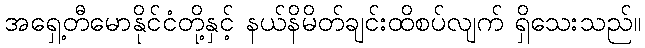
အရှေ့တီမောနိုင်ငံတို့နှင့် နယ်နိမိတ်ချင်းထိစပ်လျက် ရှိသေးသည်။